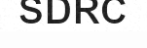
SDRC